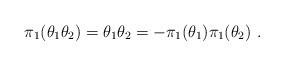
LaTeX: \begin{align*}\pi_1( \theta_{1} \theta_{2})= \theta_1 \theta_2= - \pi_1( \theta_{1}) \pi_1(\theta_{2})~.\end{align*}